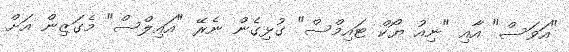
"އަވަސް" އާއި "ނިއު ޔޯކް ޓައިމްސް" ގުޅިގެން ނެރޭ "އައިލްސް" މެގަޒިން އަށް